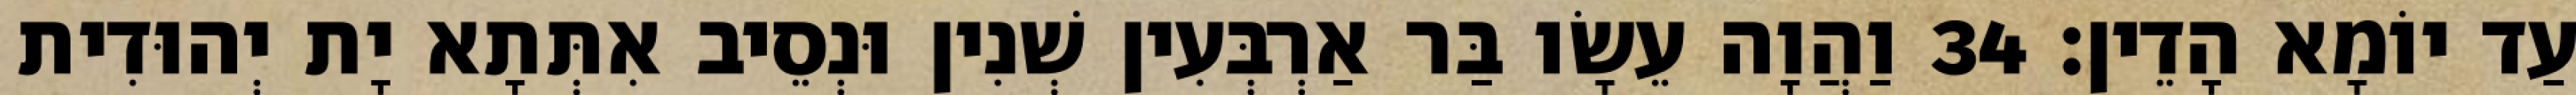
עַד יוֹמָא הָדֵין׃ 34 וַהֲוָה עֵשָׂו בַּר אַרְבְּעִין שְׁנִין וּנְסֵיב אִתְּתָא יָת יְהוּדִית